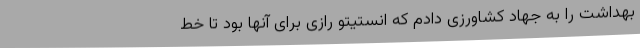
بهداشت را به جهاد کشاورزی دادم که انستیتو رازی برای آنها بود تا خط